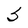
Character: S